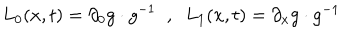
LaTeX: L _ { 0 } ( x , t ) = \partial _ { 0 } g \cdot g ^ { - 1 } \; \; , \; \; L _ { 1 } ( x , t ) = \partial _ { x } g \cdot g ^ { - 1 }